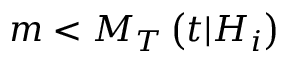
m < M _ { T } \left( t \vert { \cal H } _ { i } \right)